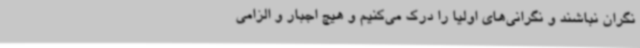
نگران نباشند و نگرانی‌های اولیا را درک می‌کنیم و هیچ اجبار و الزامی